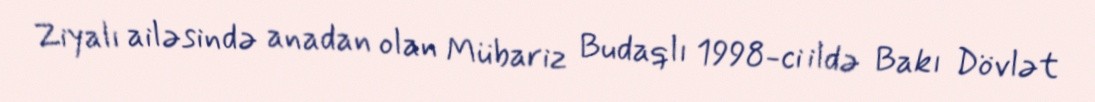
Ziyalı ailəsində anadan olan Mübariz Budaqlı 1998-ci ildə Bakı Dövlət